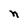
Character: n